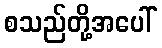
စသည်တို့အပေါ်